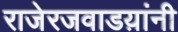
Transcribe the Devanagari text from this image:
राजेरजवाडय़ांनी